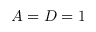
A = D = 1